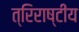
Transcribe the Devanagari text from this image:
त्रिराष्टींय